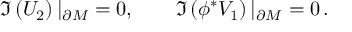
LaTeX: \Im \left( U _ { 2 } \right) | _ { \partial M } = 0 , \qquad \Im \left( \phi ^ { * } V _ { 1 } \right) | _ { \partial M } = 0 \, .